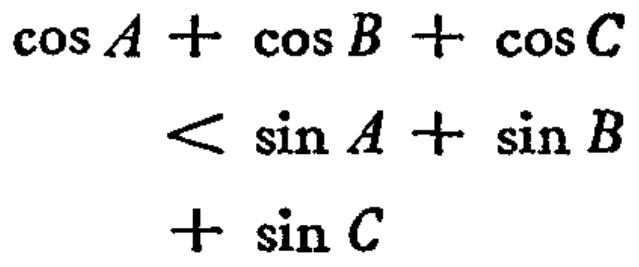
\(\cos A + \cos B + \cos C < \sin A + \sin B + \sin C\)